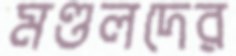
মণ্ডলদের